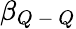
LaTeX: \beta_{Q\mathrm{~-~}Q}